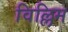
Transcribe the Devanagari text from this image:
विल्लिम